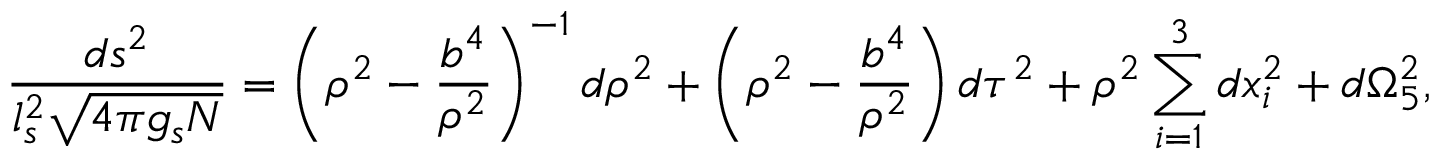
{ \frac { d s ^ { 2 } } { l _ { s } ^ { 2 } \sqrt { 4 \pi g _ { s } N } } } = \left( \rho ^ { 2 } - { \frac { b ^ { 4 } } { \rho ^ { 2 } } } \right) ^ { - 1 } d \rho ^ { 2 } + \left( \rho ^ { 2 } - { \frac { b ^ { 4 } } { \rho ^ { 2 } } } \right) d \tau ^ { 2 } + \rho ^ { 2 } \sum _ { i = 1 } ^ { 3 } d x _ { i } ^ { 2 } + d \Omega _ { 5 } ^ { 2 } ,